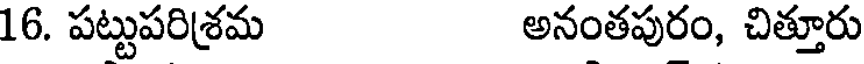
16. పట్టుపరిశ్రమ అనంతపురం, చిత్తూరు